Report on lock hospitals in British Burma
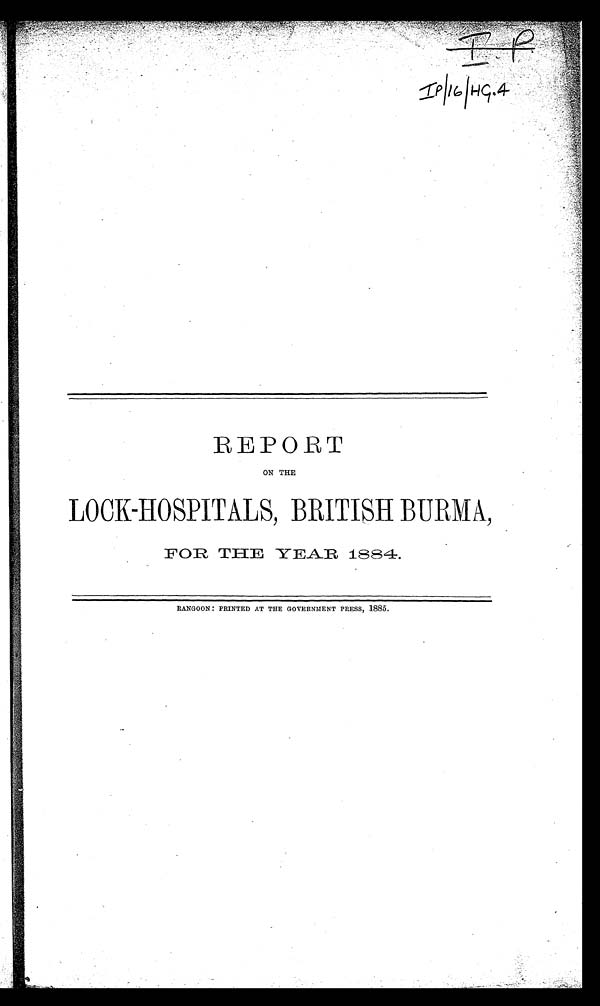
R E P O R T
ON THE
LOCK-HOSPITALS, BRITISH BURMA,
FOR THE YEAR 1884.
RANGOON : PRINTED AT THE GOVERNMENT PRESS, 1885.